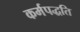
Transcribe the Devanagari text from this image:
कर्मपद्धति